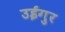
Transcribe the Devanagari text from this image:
उईगुर